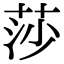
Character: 莎